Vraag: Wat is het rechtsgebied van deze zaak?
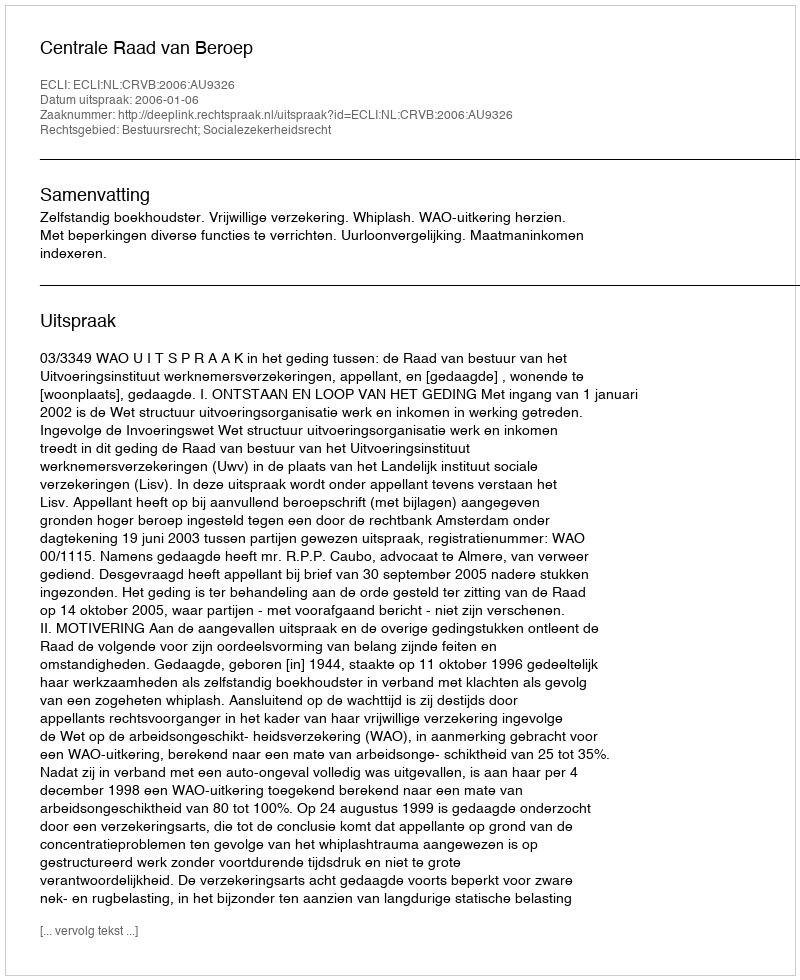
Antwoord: Bestuursrecht; Socialezekerheidsrecht